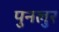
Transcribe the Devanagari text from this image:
पुनलुर